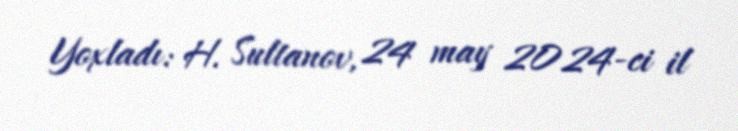
Yoxladı: H. Sultanov, 24 may 2024-ci il